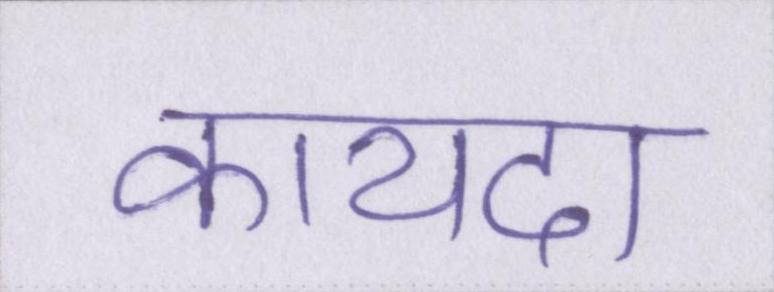
कायदा